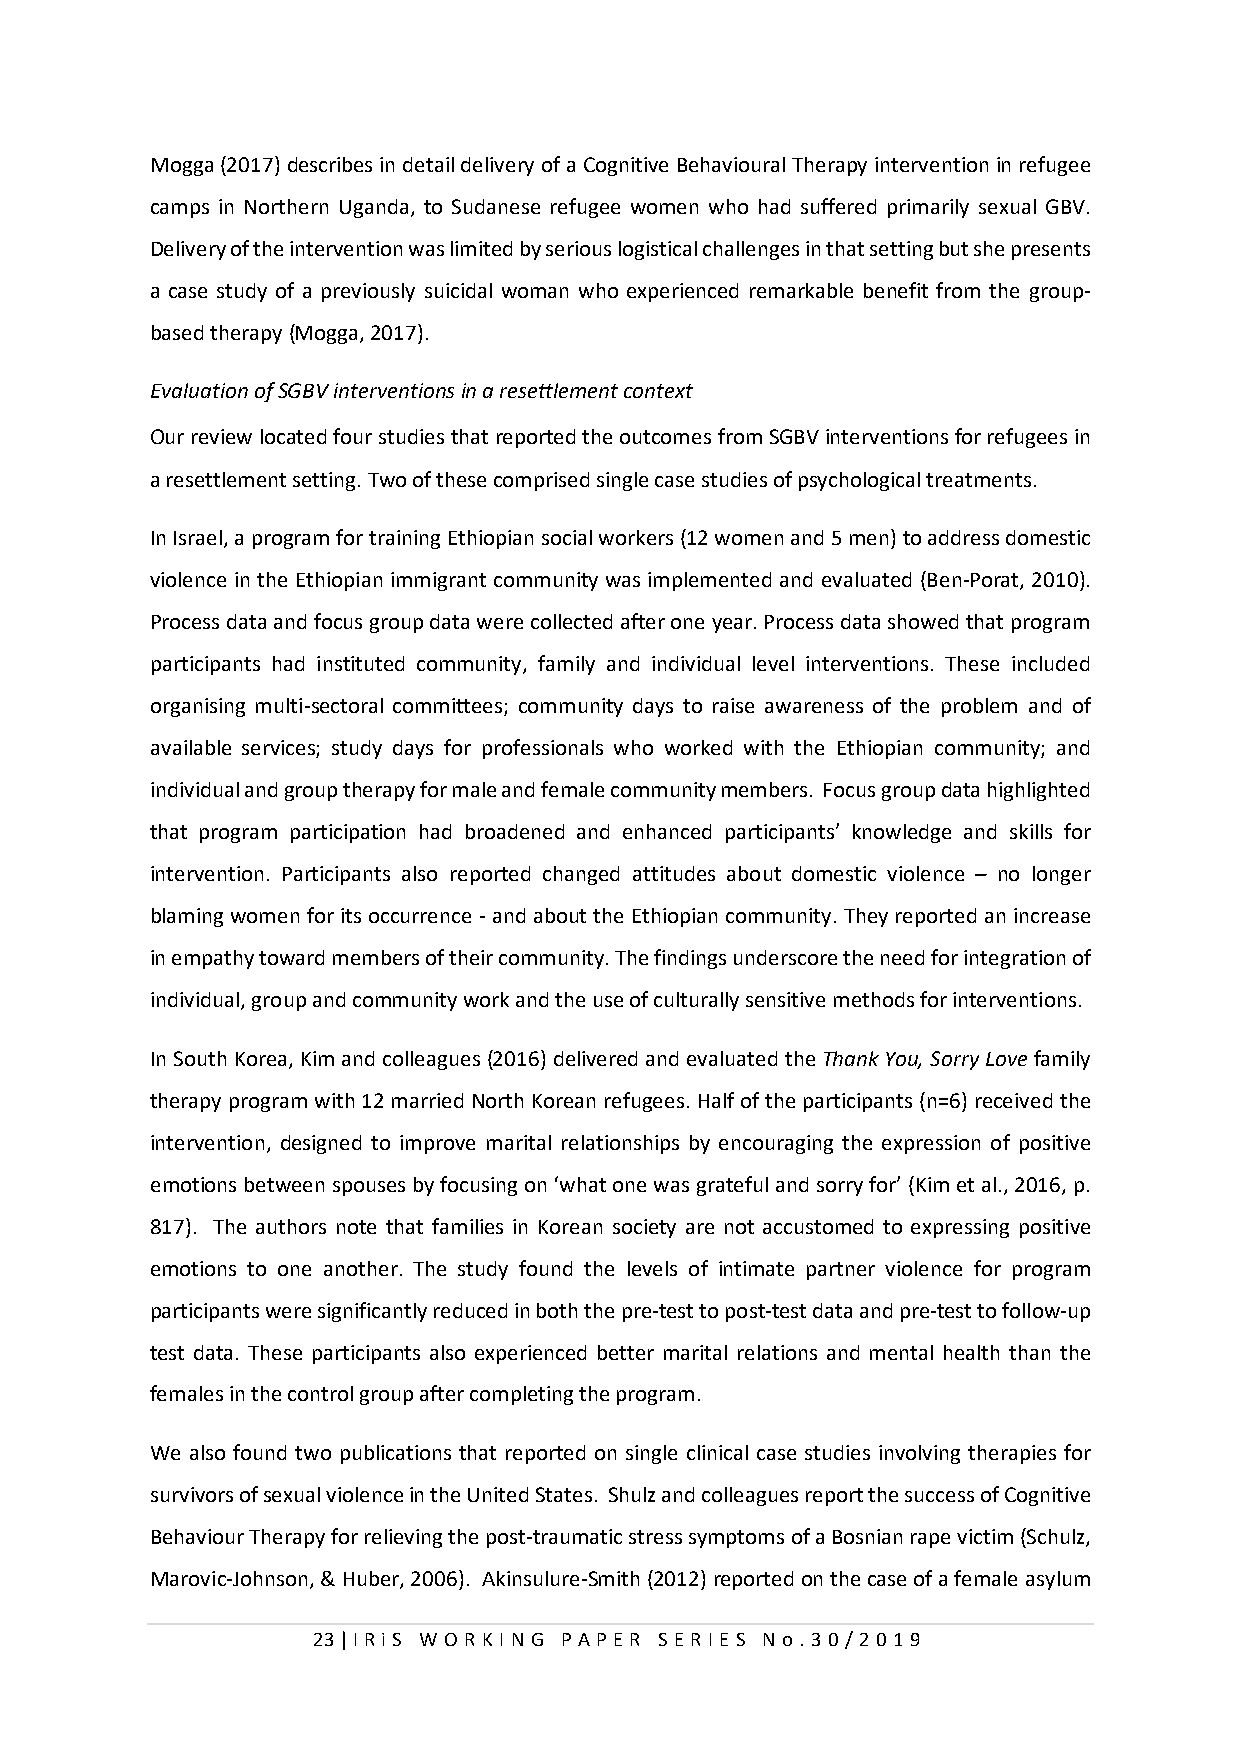
Mogga (2017) describes in detail delivery of a Cognitive Behavioural Therapy intervention in refugee
 camps in Northern Uganda, to Sudanese refugee women who had suffered primarily sexual GBV.
 Delivery of the intervention was limited by serious logistical challenges in that setting but she presents
 a case study of a previously suicidal woman who experienced remarkable benefit from the group-
 based therapy (Mogga, 2017).
 Evaluation of SGBV interventions in a resettlement context
 Our review located four studies that reported the outcomes from SGBV interventions for refugees in
 a resettlement setting. Two of these comprised single case studies of psychological treatments.
 In Israel, a program for training Ethiopian social workers (12 women and 5 men) to address domestic
 violence in the Ethiopian immigrant community was implemented and evaluated (Ben-Porat, 2010).
 Process data and focus group data were collected after one year. Process data showed that program
 participants had instituted community, family and individual level interventions. These included
 organising multi-sectoral committees; community days to raise awareness of the problem and of
 available services; study days for professionals who worked with the Ethiopian community; and
 individual and group therapy for male and female community members. Focus group data highlighted
 that program participation had broadened and enhanced participants’ knowledge and skills for
 intervention. Participants also reported changed attitudes about domestic violence – no longer
 blaming women for its occurrence - and about the Ethiopian community. They reported an increase
 in empathy toward members of their community. The findings underscore the need for integration of
 individual, group and community work and the use of culturally sensitive methods for interventions.
 In South Korea, Kim and colleagues (2016) delivered and evaluated the Thank You, Sorry Love family
 therapy program with 12 married North Korean refugees. Half of the participants (n=6) received the
 intervention, designed to improve marital relationships by encouraging the expression of positive
 emotions between spouses by focusing on ‘what one was grateful and sorry for’ (Kim et al., 2016, p.
 817). The authors note that families in Korean society are not accustomed to expressing positive
 emotions to one another. The study found the levels of intimate partner violence for program
 participants were significantly reduced in both the pre-test to post-test data and pre-test to follow-up
 test data. These participants also experienced better marital relations and mental health than the
 females in the control group after completing the program.
 We also found two publications that reported on single clinical case studies involving therapies for
 survivors of sexual violence in the United States. Shulz and colleagues report the success of Cognitive
 Behaviour Therapy for relieving the post-traumatic stress symptoms of a Bosnian rape victim (Schulz,
 Marovic-Johnson, & Huber, 2006). Akinsulure-Smith (2012) reported on the case of a female asylum
 23 | I RiS W O RKI N G P AP E R SE RI E S N o . 30/201 9